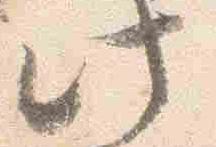
此